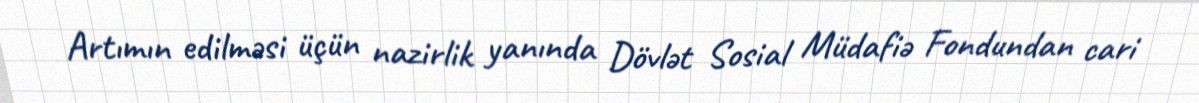
Artımın edilməsi üçün nazirlik yanında Dövlət Sosial Müdafiə Fondundan cari